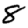
Digit: 8